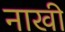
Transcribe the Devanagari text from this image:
नाखी